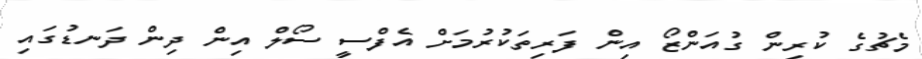
މެޗުގެ ކުރިން ގުއަންޒޯ އިން ފަރިތަކުރުމަށް އެފްސީ ސޯލް އިން ދިން ދަނޑުގައި